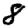
Digit: 8